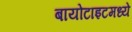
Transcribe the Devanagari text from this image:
बायोटाइटमध्ये